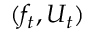
( f _ { t } , U _ { t } )